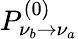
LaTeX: P_{\nu_{b}\rightarrow\nu_{a}}^{(0)}